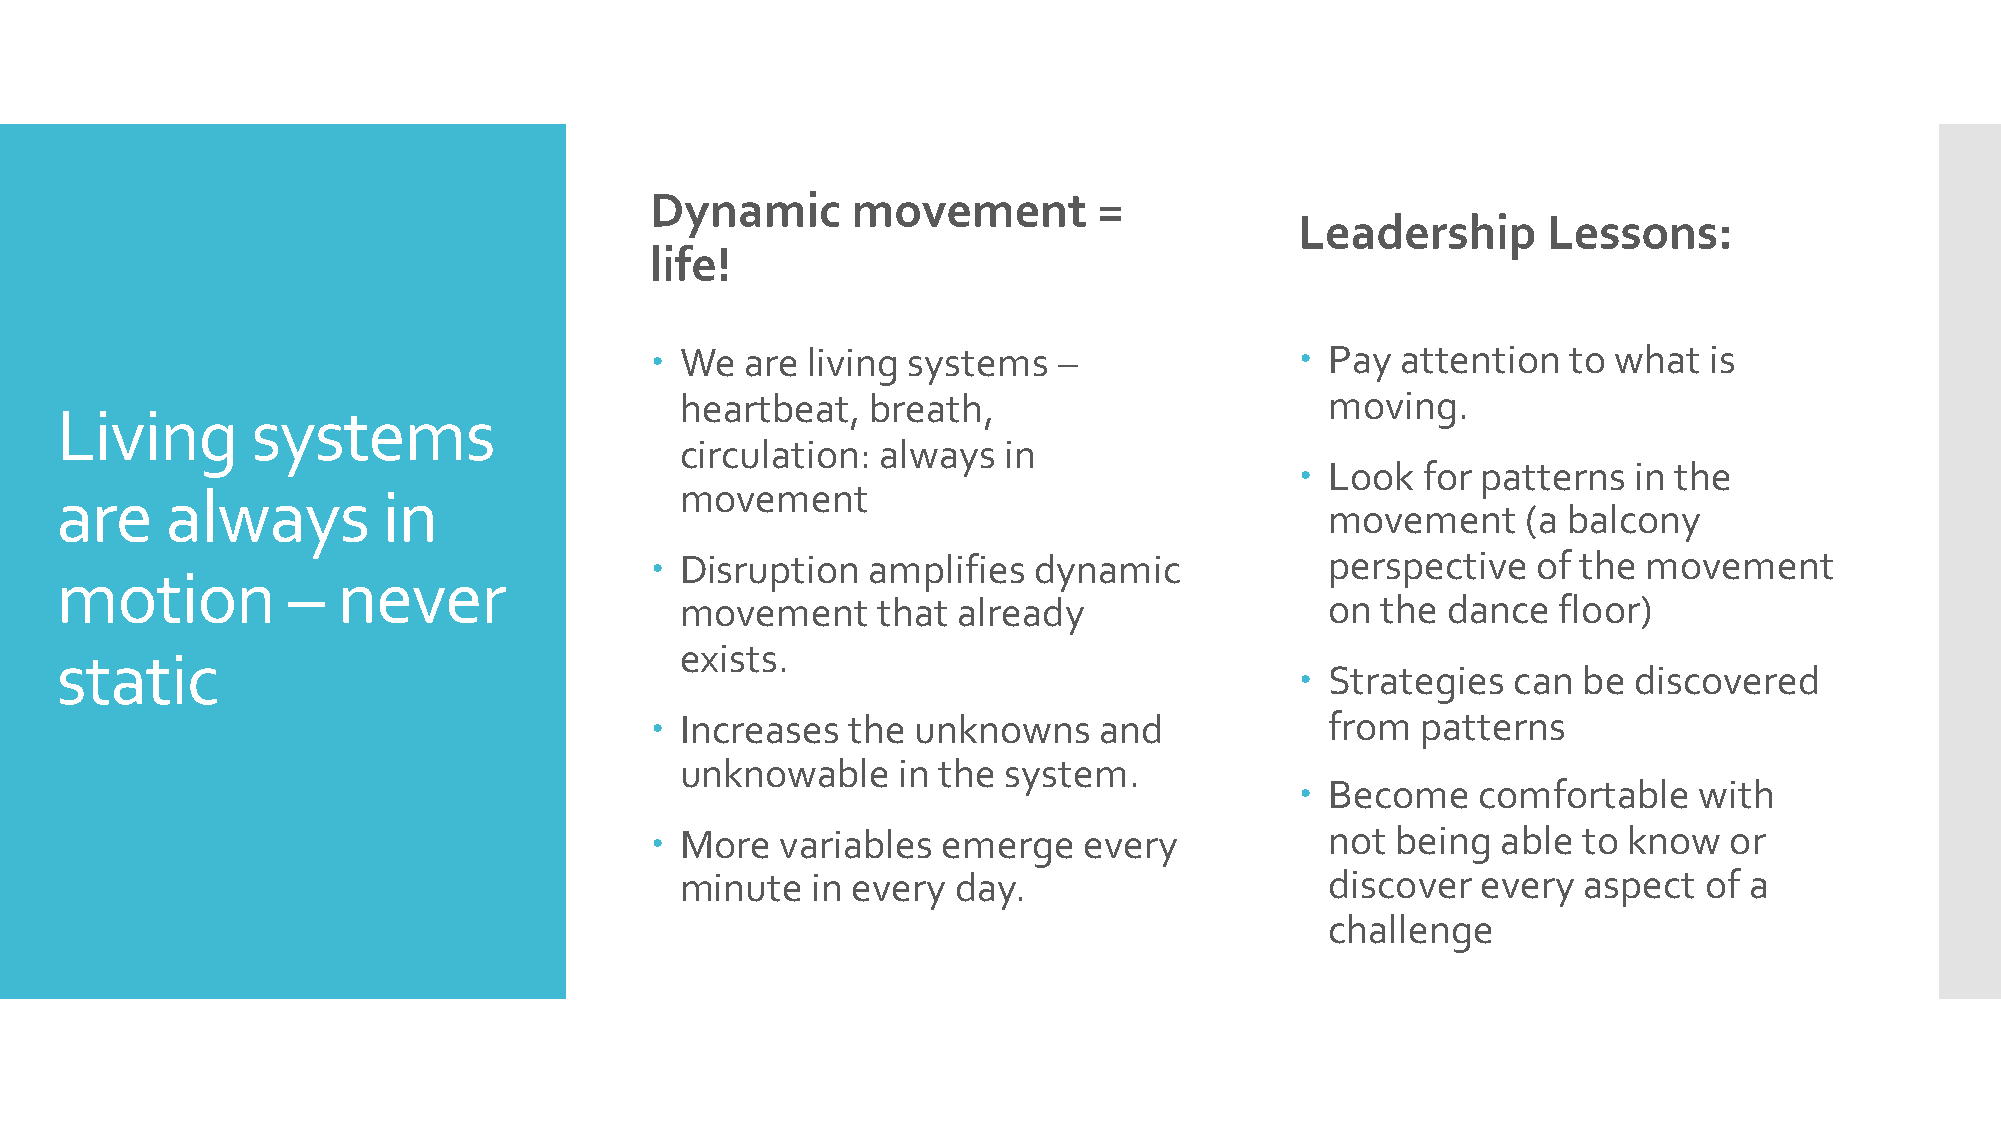
Dynamic      movement         =
 Leadership      Lessons:
 life!
  We  are living systems   –                Pay  attention  to what  is
 heartbeat,   breath,                       moving.
 Living       systems
 circulation: always  in
  Look  for patterns  in the
 are    always        in                  movement
 movement     (a balcony
  Disruption  amplifies  dynamic             perspective   of the movement
 motion         –  never
 movement     that already                  on the  dance  floor)
 exists.
 static
  Strategies  can  be discovered
  Increases  the  unknowns    and            from  patterns
 unknowable    in the system.
  Become    comfortable   with
  More   variables emerge    every           not being  able  to know  or
 minute   in every day.                     discover  every  aspect  of a
 challenge